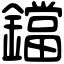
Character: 鐺